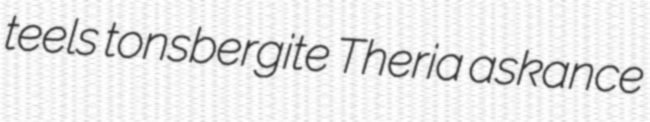
teels tonsbergite Theria askance